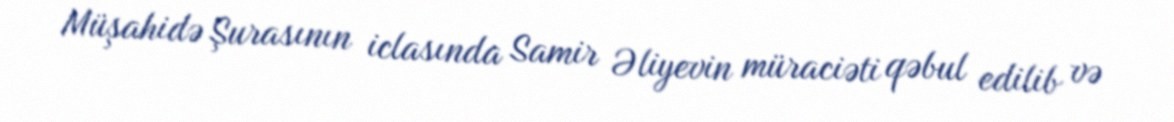
Müşahidə Şurasının iclasında Samir Əliyevin müraciəti qəbul edilib və